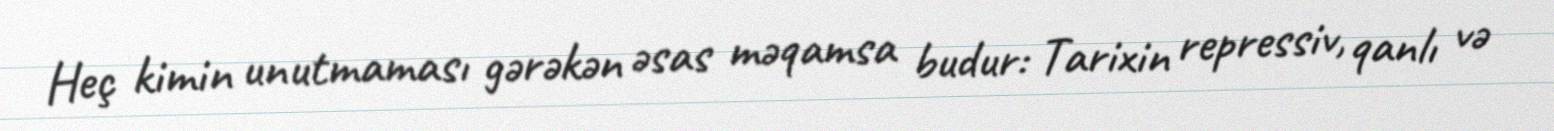
Heç kimin unutmaması gərəkən əsas məqamsa budur: Tarixin repressiv, qanlı və